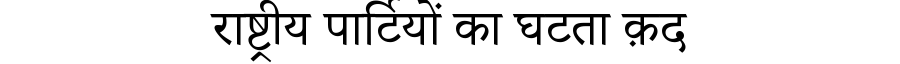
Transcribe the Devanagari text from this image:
राष्ट्रीय पार्टियों का घटता क़द